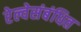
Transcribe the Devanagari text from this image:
रेल्वेसंबंधित